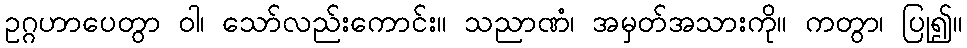
ဥဂ္ဂဟာပေတွာ ဝါ၊ သော်လည်းကောင်း။ သညာဏံ၊ အမှတ်အသားကို။ ကတွာ၊ ပြု၍။